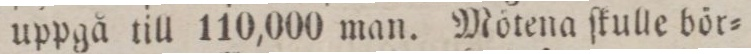
uppgå till 110,000 man. Mötena ſkulle bör=